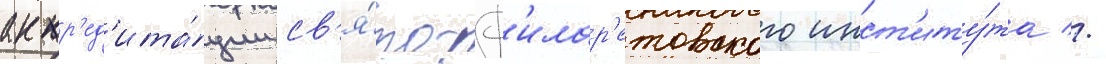
аккр'ед'ита́ции св'я́то-ф'илар'етовского инст'иту́та //